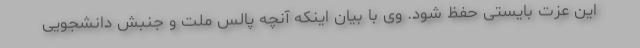
این عزت بایستی حفظ شود. وی با بیان اینکه آنچه پالس ملت و جنبش دانشجویی